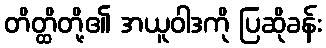
တိတ္ထိတို့၏ အယူဝါဒကို ပြဆိုခန်း